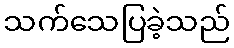
သက်သေပြခဲ့သည်